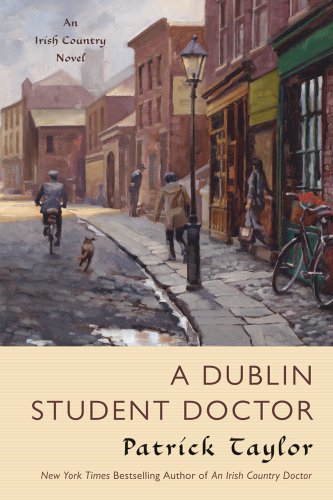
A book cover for A Dublin Student Doctor: An Irish Country Novel (Irish Country Books); Patrick Taylor; Mystery, Thriller & Suspense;